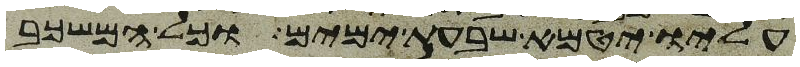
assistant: עליו יטמא שבעת ימים וכל המשכב